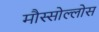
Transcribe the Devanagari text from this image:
मौस्सोल्लोस